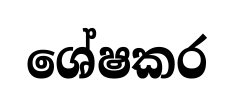
ශේෂකර